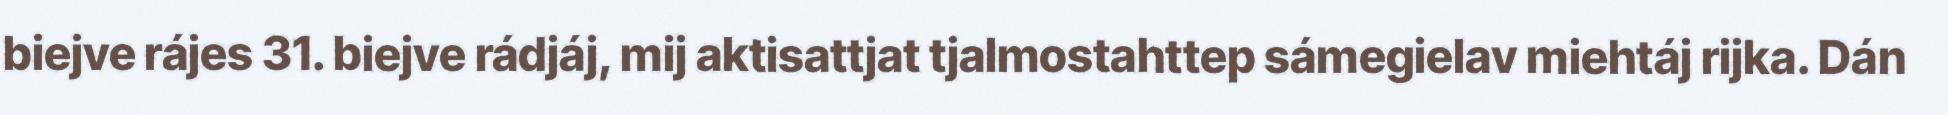
biejve rájes 31. biejve rádjáj, mij aktisattjat tjalmostahttep sámegielav miehtáj rijka. Dán